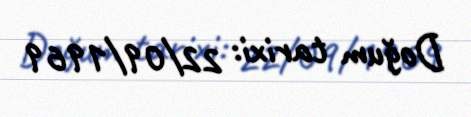
Doğum tarixi: 22/09/1969